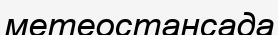
метеостансада